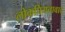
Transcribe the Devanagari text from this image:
लोकप्रियतावाद